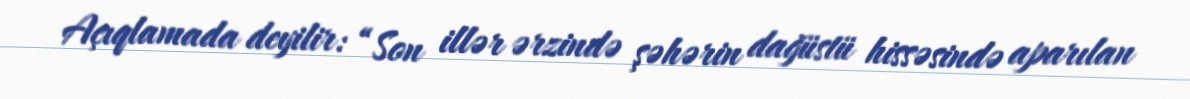
Açıqlamada deyilir: “Son illər ərzində şəhərin dağüstü hissəsində aparılan